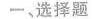
一，选择题